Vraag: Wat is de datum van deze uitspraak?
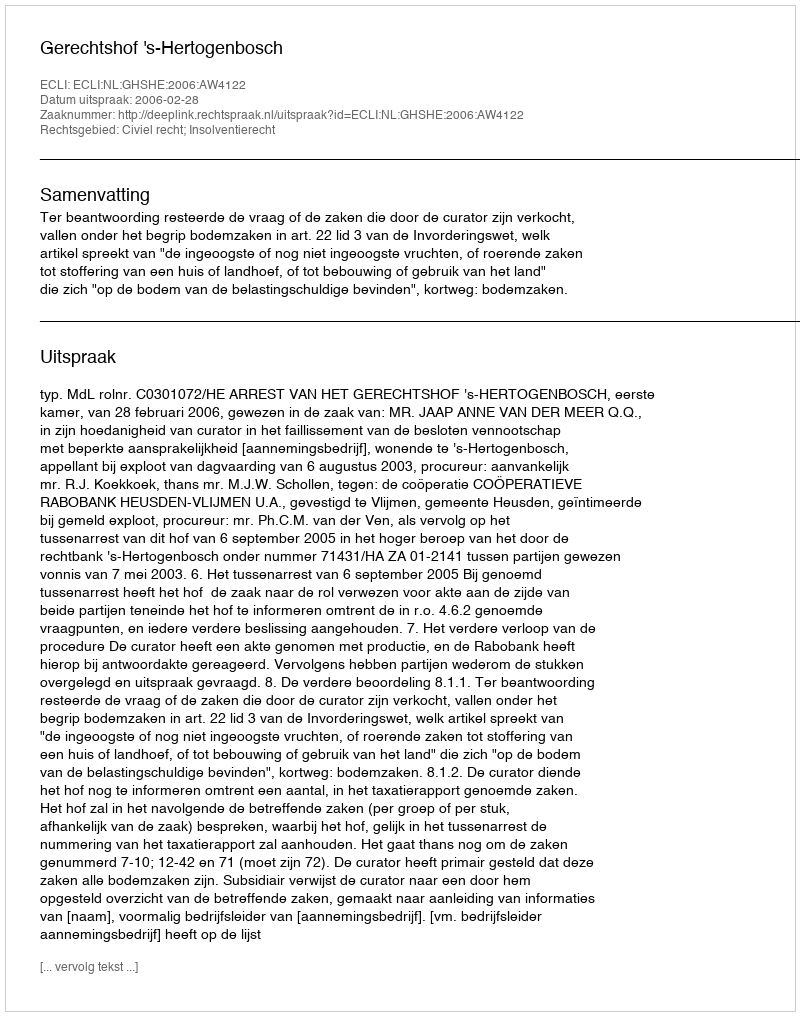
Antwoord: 2006-02-28